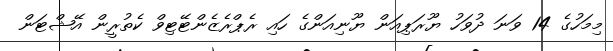
މިމަހުގެ 14 ވަނަ ދުވަހު ޔޫރަޕިއަން ޔޫނިއަންގެ ހައި ރެޕްރެޒެންޓޭޓިވް ކެތުރީން އޭޝްޓަން